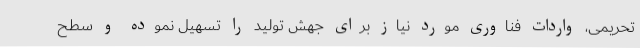
تحریمی، واردات فناوری مورد نیاز برای جهش تولید را تسهیل نموده و سطح